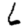
Digit: 6